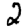
Digit: 2